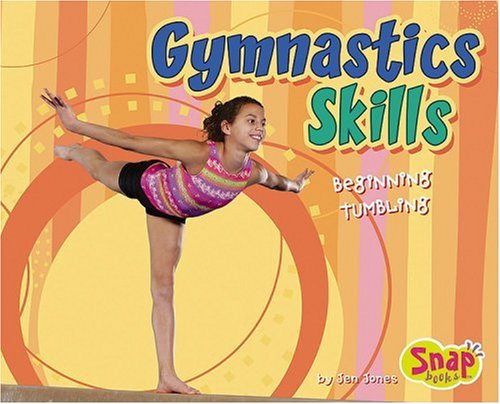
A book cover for Gymnastics Skills: Beginning Tumbling; Jen Jones; Sports & Outdoors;